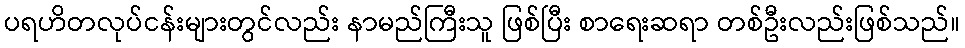
ပရဟိတလုပ်ငန်းများတွင်လည်း နာမည်ကြီးသူ ဖြစ်ပြီး စာရေးဆရာ တစ်ဦးလည်းဖြစ်သည်။